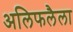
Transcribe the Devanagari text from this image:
अलिफलैला